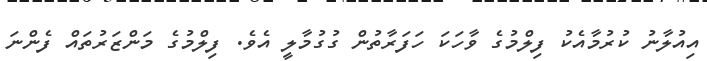
އިއުލާނު ކުރުމާއެކު ފިލްމުގެ ވާހަކަ ހަފަރާތުން ގުގުމާލީ އެވެ. ފިލްމުގެ މަންޒަރުތައް ފެންނަ